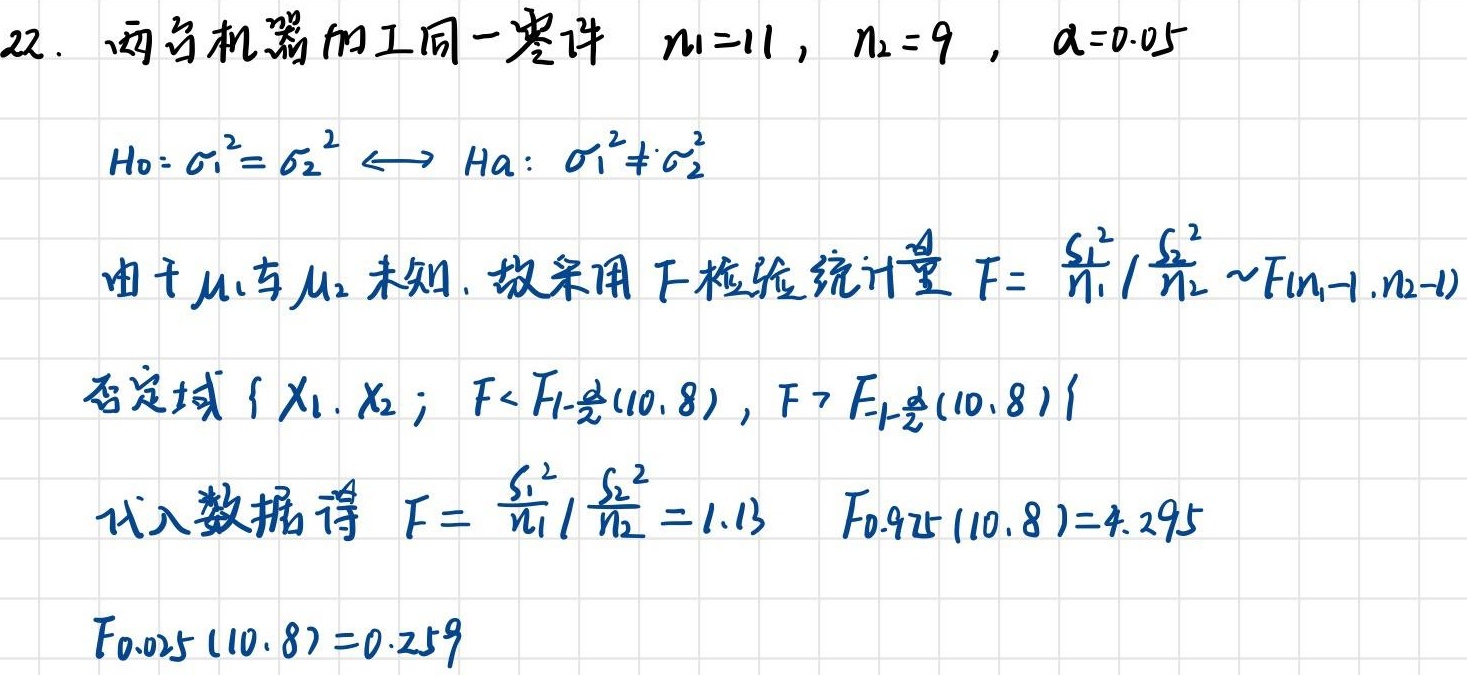
22. 两台机器加工同一零件 $n_1 = 11$, $n_2 = 9$, $\alpha = 0.05$

$H_0: \sigma_1^2=\sigma_2^2 \longleftrightarrow H_a: \sigma_1^2\neq\sigma_2^2$

由于 $\mu_1$ 与 $\mu_2$ 未知, 故采用 F 检验统计量 $F = \frac{S_1^2}{n_1}/\frac{S_2^2}{n_2} \sim F(n_1 - 1,n_2 - 1)$

否定域 $\{X_1,X_2; F < F_{1-\frac{\alpha}{2}}(10,8), F > F_{\frac{\alpha}{2}}(10,8)\}$

代入数据得 $F = \frac{S_1^2}{n_1}/\frac{S_2^2}{n_2}=1.13$ $F_{0.975}(10,8)=4.295$

$F_{0.025}(10,8)=0.259$